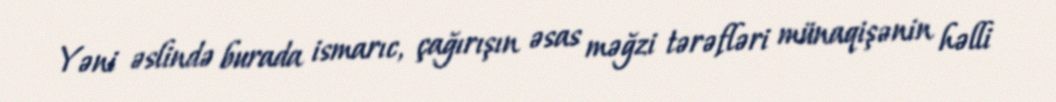
Yəni əslində burada ismarıc, çağırışın əsas məğzi tərəfləri münaqişənin həlli